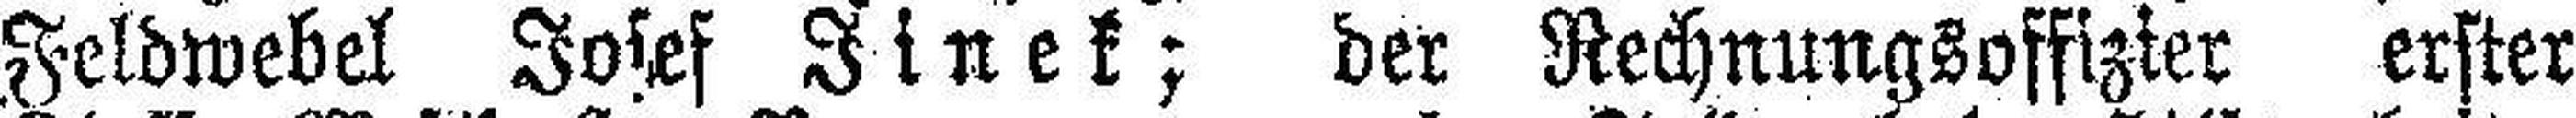
Feldwebel Josef Jinek; der Rechnungsoffizier erster